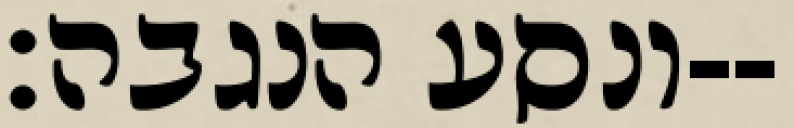
ונסע הנגבה׃--